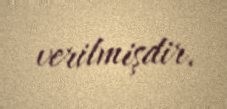
verilmişdir.